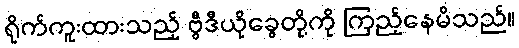
ရိုက်ကူးထားသည့် ဗွီဒီယိုခွေတို့ကို ကြည့်နေမိသည်။